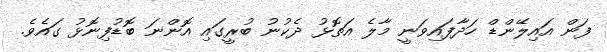
ފަން އައިލޭންޑް ހަދާފައިވަނީ މާލެ އަތޮޅު ދެކުނު ބުރީގައި އޮންނަ ބޮޑުފިނޮޅު ގައެވެ.